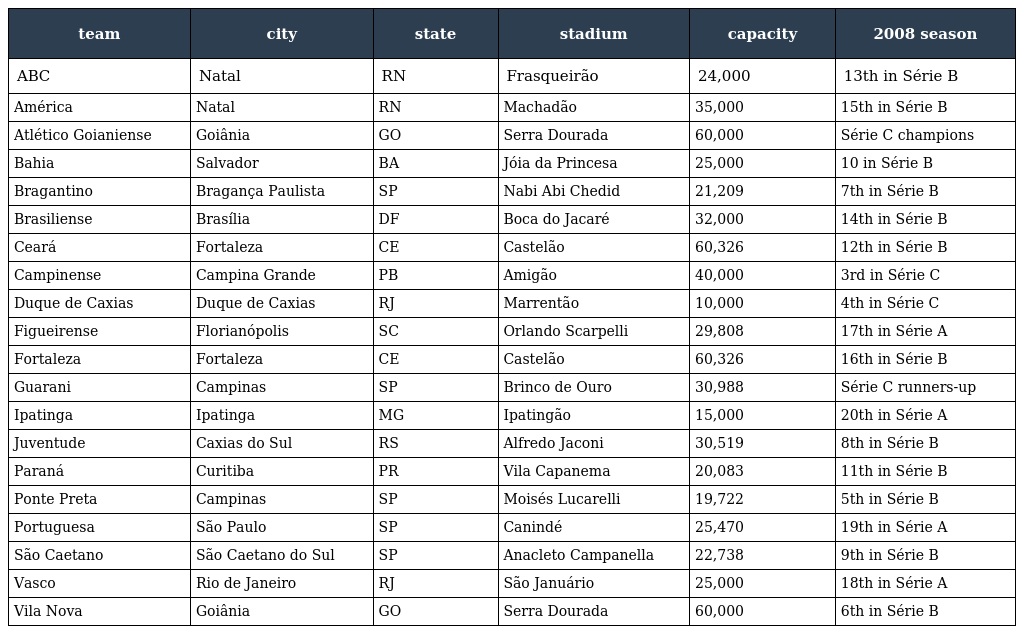
| team | city | state | stadium | capacity | 2008 season |
 | --- | --- | --- | --- | --- | --- |
 | ABC | Natal | RN | Frasqueirão | 24,000 | 13th in Série B |
 | América | Natal | RN | Machadão | 35,000 | 15th in Série B |
 | Atlético Goianiense | Goiânia | GO | Serra Dourada | 60,000 | Série C champions |
 | Bahia | Salvador | BA | Jóia da Princesa | 25,000 | 10 in Série B |
 | Bragantino | Bragança Paulista | SP | Nabi Abi Chedid | 21,209 | 7th in Série B |
 | Brasiliense | Brasília | DF | Boca do Jacaré | 32,000 | 14th in Série B |
 | Ceará | Fortaleza | CE | Castelão | 60,326 | 12th in Série B |
 | Campinense | Campina Grande | PB | Amigão | 40,000 | 3rd in Série C |
 | Duque de Caxias | Duque de Caxias | RJ | Marrentão | 10,000 | 4th in Série C |
 | Figueirense | Florianópolis | SC | Orlando Scarpelli | 29,808 | 17th in Série A |
 | Fortaleza | Fortaleza | CE | Castelão | 60,326 | 16th in Série B |
 | Guarani | Campinas | SP | Brinco de Ouro | 30,988 | Série C runners-up |
 | Ipatinga | Ipatinga | MG | Ipatingão | 15,000 | 20th in Série A |
 | Juventude | Caxias do Sul | RS | Alfredo Jaconi | 30,519 | 8th in Série B |
 | Paraná | Curitiba | PR | Vila Capanema | 20,083 | 11th in Série B |
 | Ponte Preta | Campinas | SP | Moisés Lucarelli | 19,722 | 5th in Série B |
 | Portuguesa | São Paulo | SP | Canindé | 25,470 | 19th in Série A |
 | São Caetano | São Caetano do Sul | SP | Anacleto Campanella | 22,738 | 9th in Série B |
 | Vasco | Rio de Janeiro | RJ | São Januário | 25,000 | 18th in Série A |
 | Vila Nova | Goiânia | GO | Serra Dourada | 60,000 | 6th in Série B |